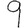
Digit: 9